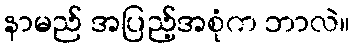
နာမည် အပြည့်အစုံက ဘာလဲ။